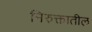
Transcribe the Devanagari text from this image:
निरुक्तातील